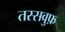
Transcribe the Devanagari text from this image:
तस्सवुफ़